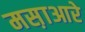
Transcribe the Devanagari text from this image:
मस़ाआरे